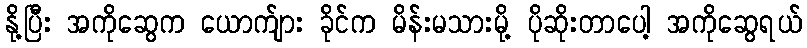
နို့ပြီး အကိုဆွေက ယောက်ျား ခိုင်က မိန်းမသားမို့ ပိုဆိုးတာပေါ့ အကိုဆွေရယ်